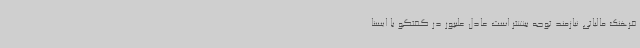
فرهنگ مالیاتی نیازمند توجه بیشتر است عادل علیپور در گفتگو با ایسنا